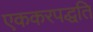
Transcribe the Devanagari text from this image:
एककरपद्धति